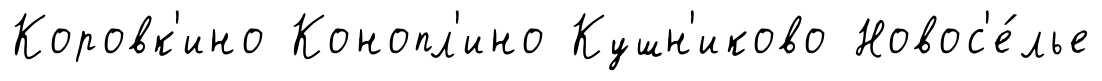
Коровк'ино Конопл'ино Кушн'иково Новос'е́лье